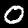
Digit: 0